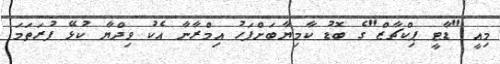
މިއީ "ޑާޓީ ޕިކްޗާޒް"ގެ ބޮޑު ކާމިޔާބަށްފަހު އިމްރާނާ އެކު ވިދްޔާ ކުޅޭ ފުރަތަމަ